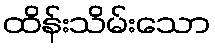
ထိန်းသိမ်းသော